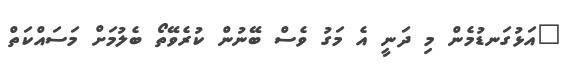
"އަޅުގަނޑުމެން މި ދަނީ އެ މަގު ވެސް ބޭނުން ކުރެވޭތޯ ބެލުމަށް މަސައްކަތް